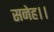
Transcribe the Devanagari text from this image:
सनेह।।